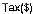
TAX($)